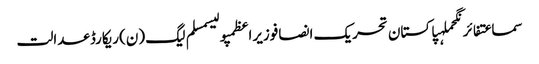
سماعتفائرنگحملہپاکستان تحریک انصافوزیراعظمپولیسمسلم لیگ (ن)ریکارڈعدالت